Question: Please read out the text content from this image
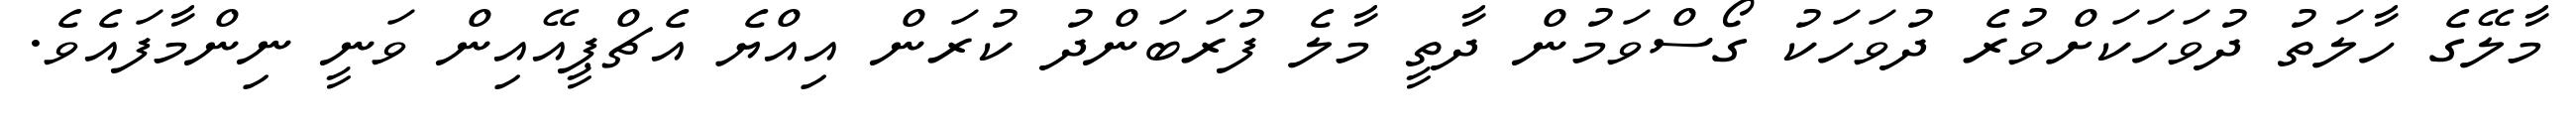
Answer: މާލޭގެ ހާލަތު ދުވަހަކަށްވުރެ ދުވަހަކު ގޯސްވަމުން ދާތީ މާލެ ފުރަބަންދު ކުރަން އިއްޔެ އެޗްޕީއޭއިން ވަނީ ނިންމާފައެވެ.